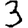
Digit: 3